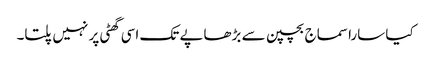
کیا سارا سماج بچپن سے بڑھاپے تک اسی گھٹی پر نہیں پلتا۔